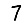
Digit: 7